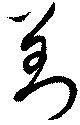
対